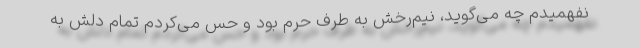
نفهمیدم چه می‌گوید، نیم‌رخش به طرف حرم بود و حس می‌کردم تمام دلش به